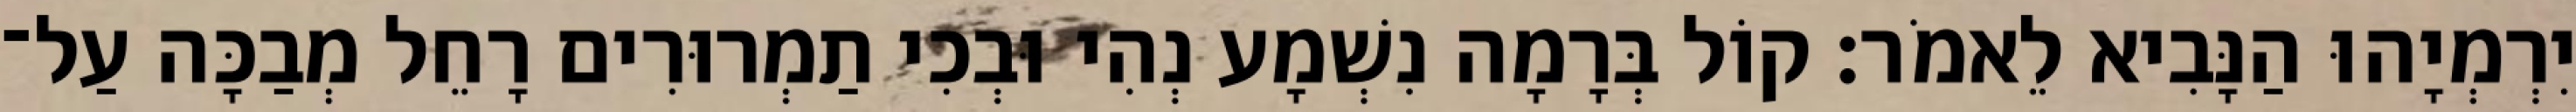
יִרְמְיָהוּ הַנָּבִיא לֵאמֹר׃ קוֹל בְּרָמָה נִשְׁמָע נְהִי וּבְכִי תַמְרוּרִים רָחֵל מְבַכָּה עַל־